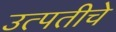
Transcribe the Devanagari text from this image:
उत्पतीचे